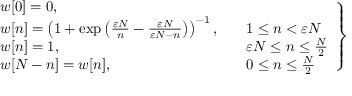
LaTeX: \left. { \begin{array} { l l l } { w [ 0 ] = 0 , } \\ { w [ n ] = \left( 1 + \exp \left( { \frac { \varepsilon N } { n } } - { \frac { \varepsilon N } { \varepsilon N - n } } \right) \right) ^ { - 1 } , \quad } & { 1 \leq n < \varepsilon N } \\ { w [ n ] = 1 , \quad } & { \varepsilon N \leq n \leq { \frac { N } { 2 } } } \\ { w [ N - n ] = w [ n ] , \quad } & { 0 \leq n \leq { \frac { N } { 2 } } } \end{array} } \right\}